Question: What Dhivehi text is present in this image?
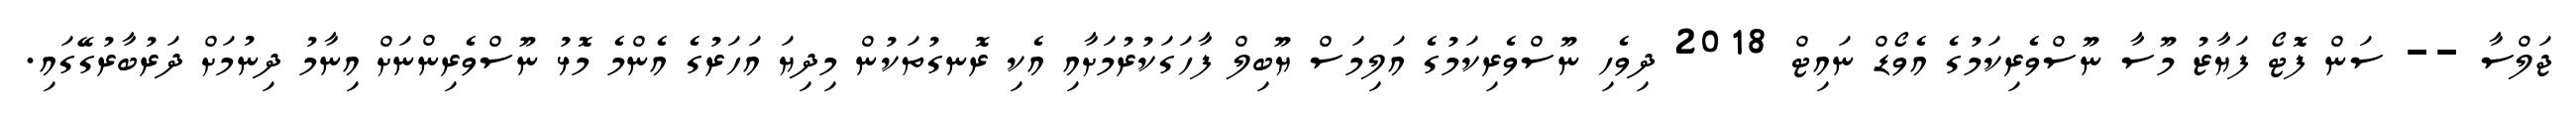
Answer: ޖަލްސާ -- ސަން ފޮޓޯ ފަޔާޒު މޫސާ ނޫސްވެރިކަމުގެ އެވޯޑް ނައިޓް 2018 ދިވެހި ނޫސްވެރިކަމުގެ އަލިމަސް ޔޫބިލް ފާހަގަކުރުމަށާއި އެކި ރޮނގުތަކުން މިދިޔަ އަހަރުގެ އެންމެ މޮޅު ނޫސްވެރިންނަށް އިނާމު ދިނުމަށް ދަރުބާރުގޭގައި.